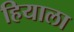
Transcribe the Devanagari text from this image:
हियाला